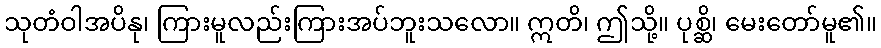
သုတံဝါအပိနု၊ ကြားမူလည်းကြားအပ်ဘူးသလော။ ဣတိ၊ ဤသို့။ ပုစ္ဆိ၊ မေးတော်မူ၏။